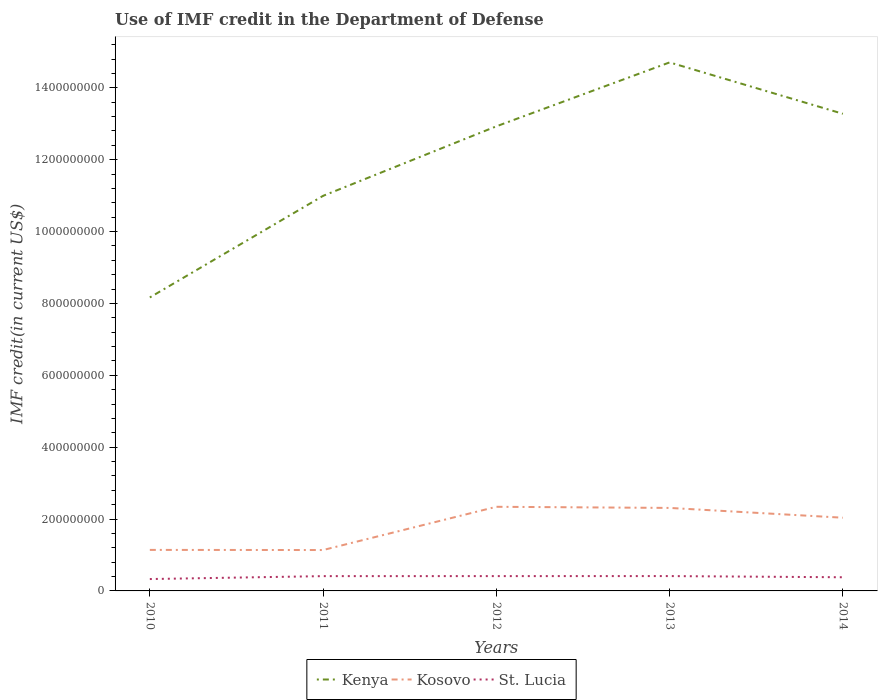
| Years | Kenya | Kosovo | St. Lucia |
 | --- | --- | --- | --- |
 | 2010 | 8.17e+08 | 1.14e+08 | 3.3e+07 |
 | 2011 | 1.1e+09 | 1.14e+08 | 4.12e+07 |
 | 2012 | 1.29e+09 | 2.34e+08 | 4.12e+07 |
 | 2013 | 1.47e+09 | 2.31e+08 | 4.13e+07 |
 | 2014 | 1.33e+09 | 2.04e+08 | 3.8e+07 |